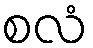
စလံ